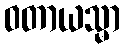
ဝတာယသ္မာ